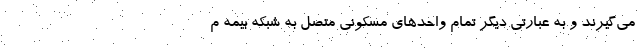
می‌گیرند و به عبارتی دیگر تمام واحدهای مسکونی متصل به شبکه بیمه م